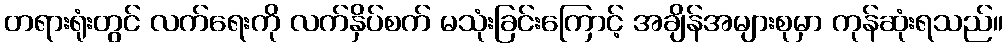
တရားရုံးတွင် လက်ရေးကို လက်နှိပ်စက် မသုံးခြင်းကြောင့် အချိန်အများစုမှာ ကုန်ဆုံးရသည်။